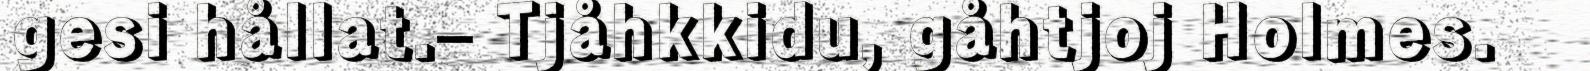
gesi hållat.– Tjåhkkidu, gåhtjoj Holmes.